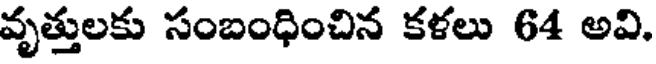
వృత్తులకు సంబంధించిన కళలు 64 అవి,